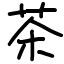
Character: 茶